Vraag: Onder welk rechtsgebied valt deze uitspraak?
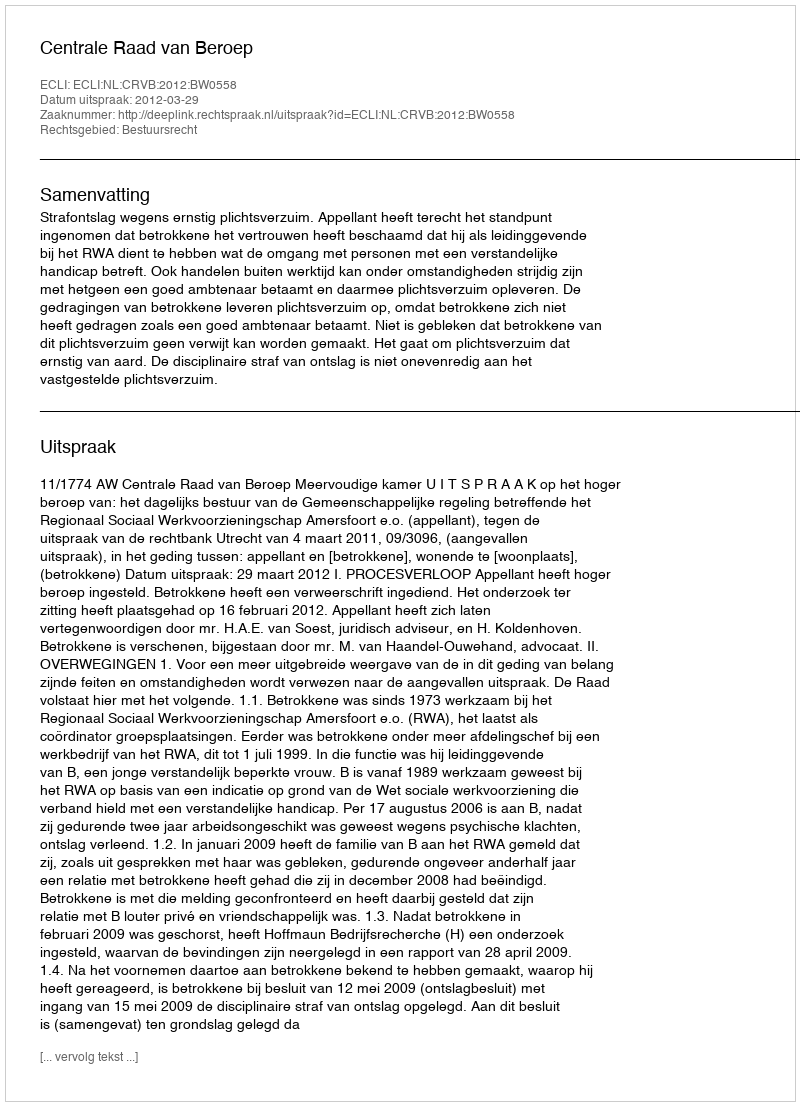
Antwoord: Bestuursrecht